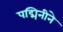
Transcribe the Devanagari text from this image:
पद्मिनीने